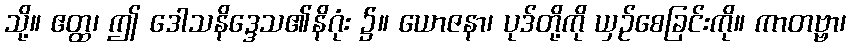
သို့။ ဧတ္ထ၊ ဤ ဒေါသနိဒ္ဒေသ၏နိဂုံး ၌။ ယောဇနာ၊ ပုဒ်တို့ကို ယှဉ်စေခြင်းကို။ ကာတဗ္ဗာ၊